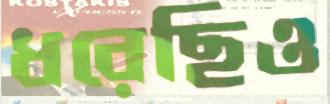
ধরেছিও